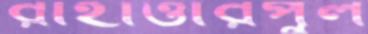
রাহাত্তারপুল